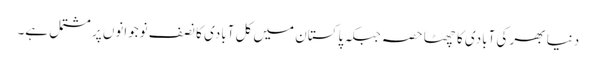
دنیا بھر کی آبادی کا چھٹا حصہ جبکہ پاکستان میں کل آبادی کا نصف نوجوانوں پر مشتمل ہے۔